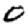
Digit: 0